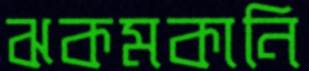
ঝকমকানি